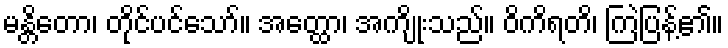
မန္တိတော၊ တိုင်ပင်သော်။ အတ္ထော၊ အကျိုးသည်။ ဝိကိရတိ၊ ကြဲပြန့်၏။